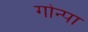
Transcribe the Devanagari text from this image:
गोन्पा